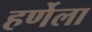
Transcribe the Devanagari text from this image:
हर्णेला